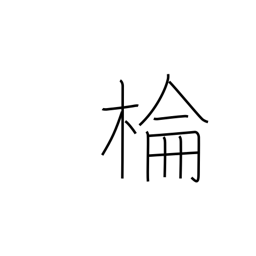
Meaning: camphor tree